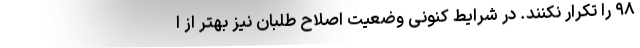
۹۸ را تکرار نکنند. در شرایط کنونی وضعیت اصلاح طلبان نیز بهتر از ا